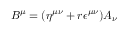
B ^ { \mu } = ( \eta ^ { \mu \nu } + r \epsilon ^ { \mu \nu } ) A _ { \nu }